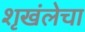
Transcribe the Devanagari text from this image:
शृखंलेचा